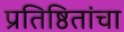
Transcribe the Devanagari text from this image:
प्रतिष्ठितांचा